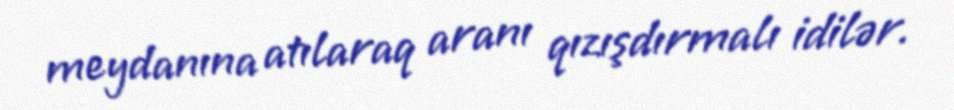
meydanına atılaraq aranı qızışdırmalı idilər.